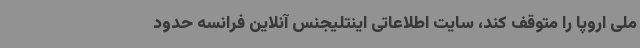
ملی اروپا را متوقف کند، سایت اطلاعاتی اینتلیجنس آنلاین فرانسه حدود